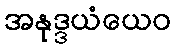
အနုဒ္ဒယံယေဝ